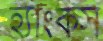
হ্যাংকস